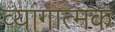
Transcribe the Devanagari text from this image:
व्यांगात्मक